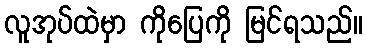
လူအုပ်ထဲမှာ ကိုပြေကို မြင်ရသည်။